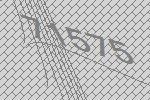
71575